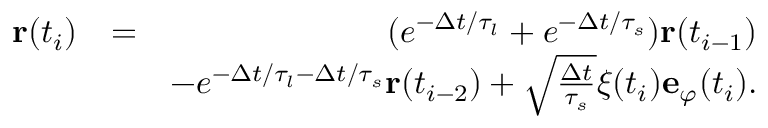
\begin{array} { r l r } { \mathbf { r } ( t _ { i } ) } & { = } & { ( e ^ { - \Delta t / \tau _ { l } } + e ^ { - \Delta t / \tau _ { s } } ) \mathbf { r } ( t _ { i - 1 } ) } \\ & { } & { - e ^ { - \Delta t / \tau _ { l } - \Delta t / \tau _ { s } } \mathbf { r } ( t _ { i - 2 } ) + \sqrt { \frac { \Delta t } { \tau _ { s } } } \xi ( t _ { i } ) \mathbf { e } _ { \varphi } ( t _ { i } ) . } \end{array}